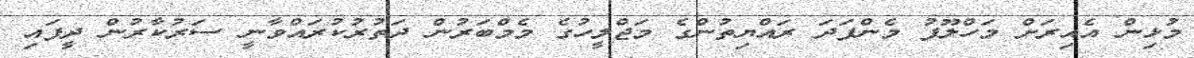
މުޅިން އެއިރަށް މަހްލޫފު މެންފަދަ ރައްޔިތުންގެ މަޖްލީހުގެ މެމްބަރުން ދަތުރުކުރައްވާނީ ސަރުކާރުން ދީފައި